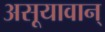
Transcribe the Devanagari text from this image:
असूयावान्